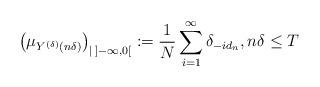
LaTeX: \begin{align*} \left( \mu_{ Y^{(\delta)} ( n \delta ) }\right)_{| \, ] - \infty , 0[} := \frac{1}{N} \sum_{ i=1}^\infty \delta_{- i d_n } , n \delta \le T \end{align*}